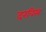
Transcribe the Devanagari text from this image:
दरविस